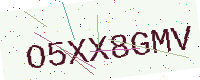
Text: O5XX8GMV